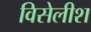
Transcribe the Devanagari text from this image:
विसेलीश